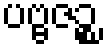
ပဗ္ဗဇဉ္စ